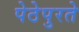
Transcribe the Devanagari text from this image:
पेठेपुरते